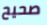
صحيح